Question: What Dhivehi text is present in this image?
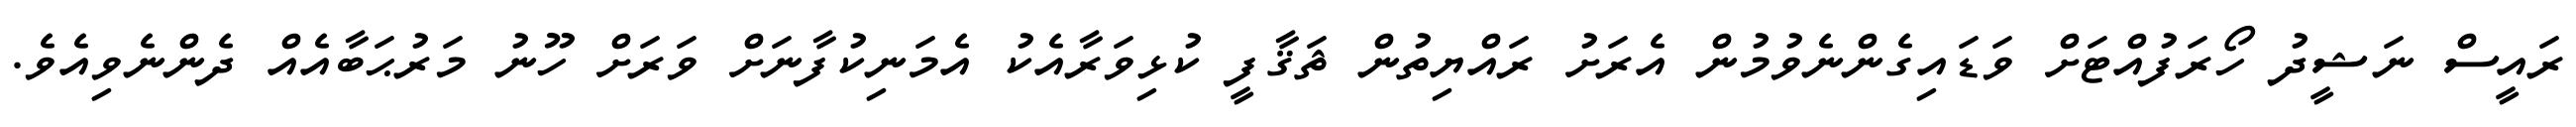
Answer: ރައީސް ނަޝީދު ހޯރަފުއްޓަށް ވަޑައިގެންނެވުމުން އެރަށު ރައްޔިތުން ޘަޤާފީ ކުޅިވަރާއެކު އެމަނިކުފާނަށް ވަރަށް ހޫނު މަރުޙަބާއެއް ދެންނެވިއެވެ.